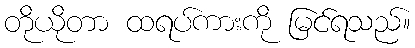
တိုယိုတာ ထရပ်ကားကို မြင်ရသည်။